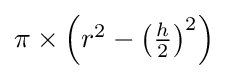
{\textstyle \pi \times \left(r^{2}-\left({\frac {h}{2}}\right)^{2}\right)}